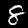
Digit: 8